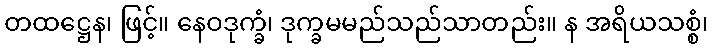
တထဋ္ဌေန၊ ဖြင့်။ နေဝဒုက္ခံ၊ ဒုက္ခမမည်သည်သာတည်း။ န အရိယသစ္စံ၊